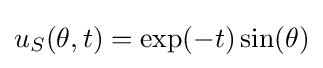
u_{S}(\theta ,t)=\exp(-t)\sin(\theta )